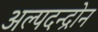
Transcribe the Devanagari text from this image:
अल्पदन्द्रोन